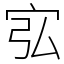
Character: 宖